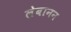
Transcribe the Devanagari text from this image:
लेबानन